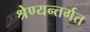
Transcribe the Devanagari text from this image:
श्रेण्यन्तर्गत